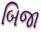
બિજા